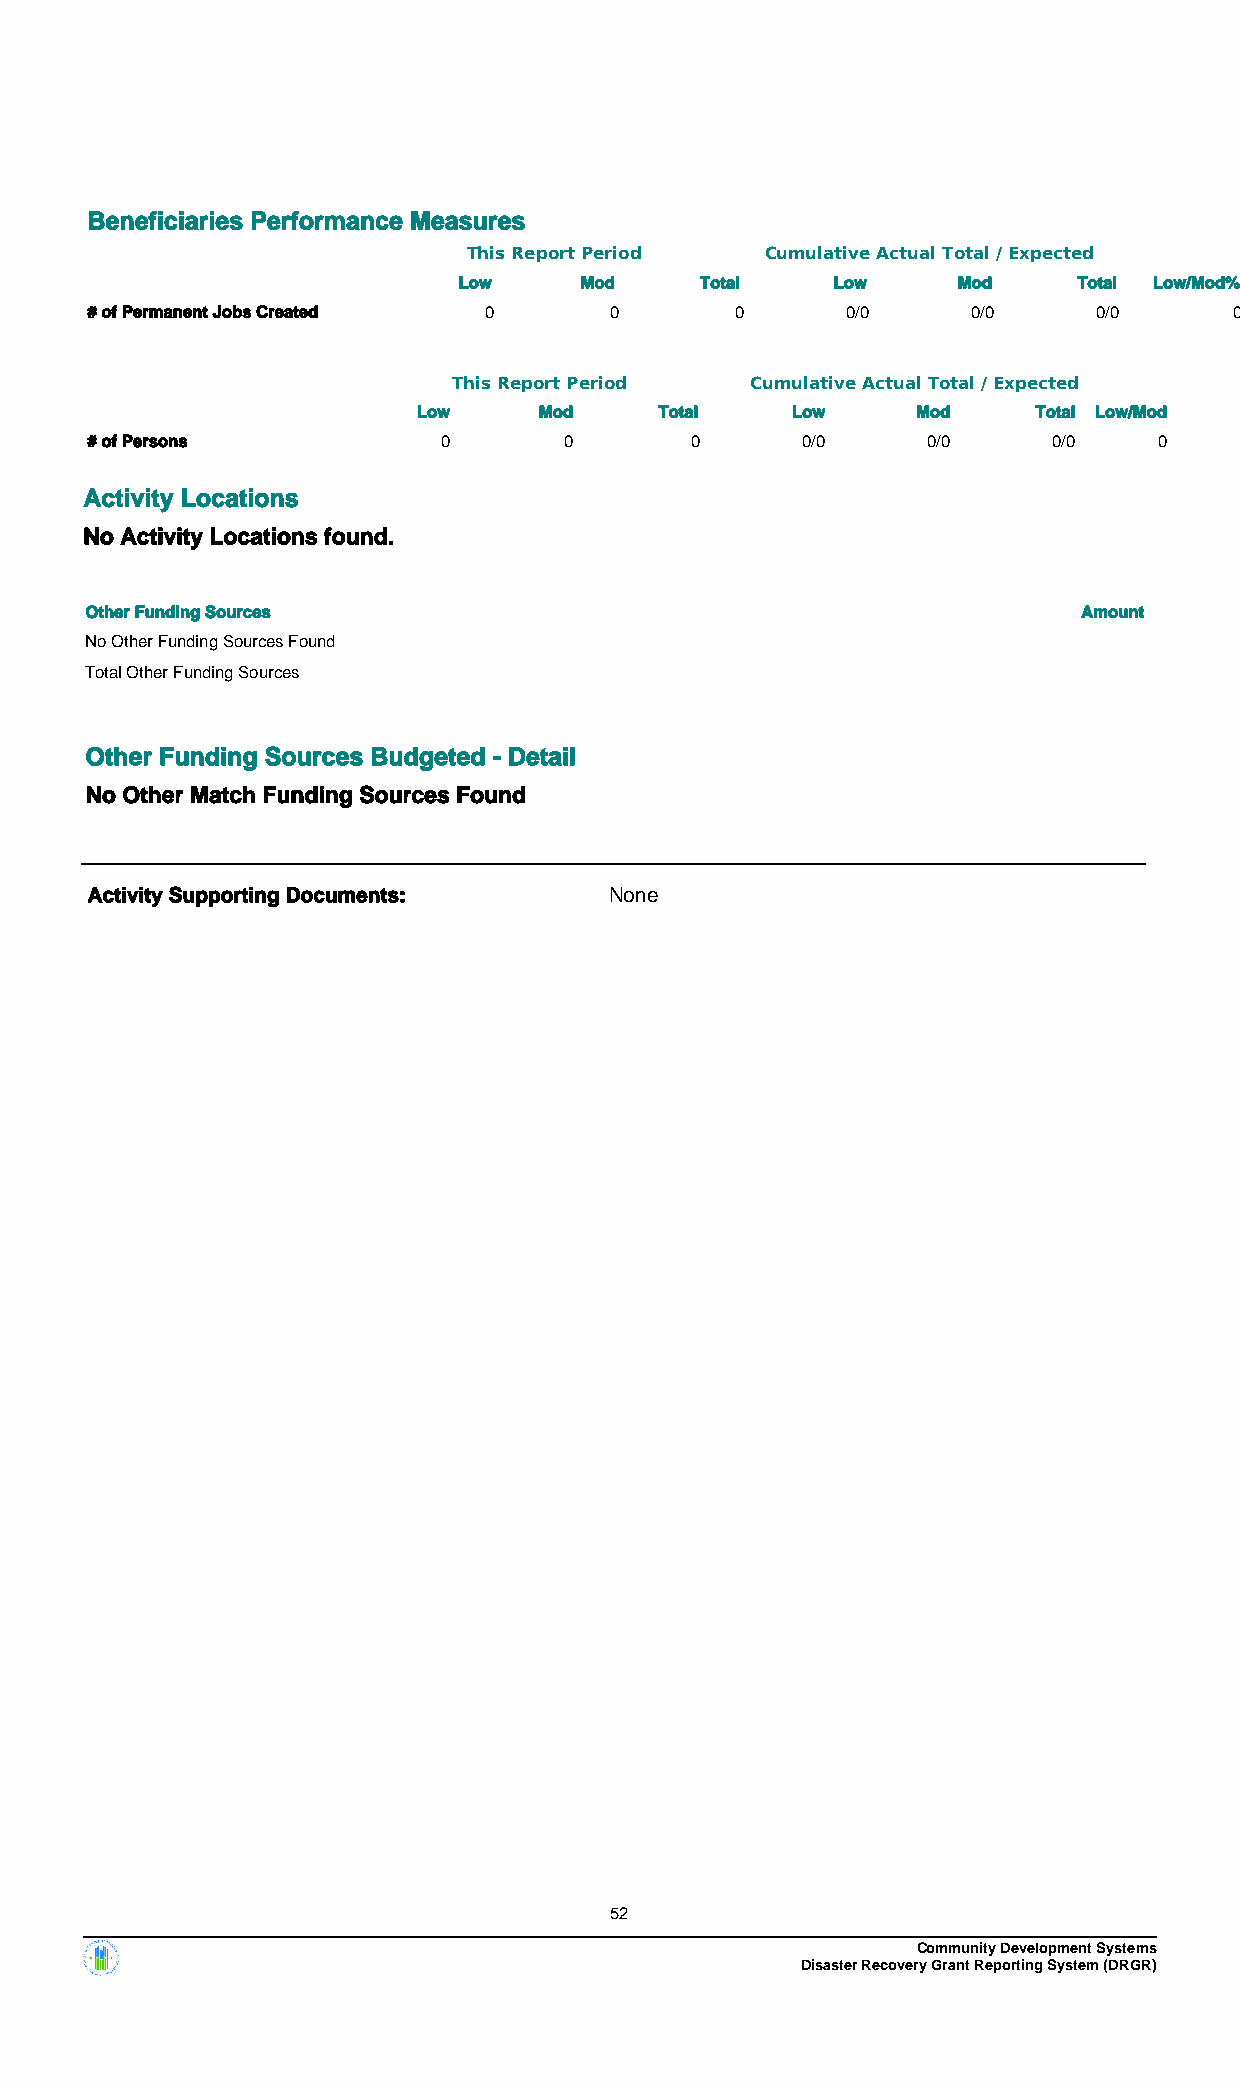
Beneficiaries Performance Measures
 This Report Period  Cumulative Actual Total / Expected
 Low     Mod     Total    Low     Mod     Total Low/Mod%
 # of Permanent Jobs Created 0     0        0      0/0     0/0      0/0      0
 This Report Period  Cumulative Actual Total / Expected
 Low     Mod     Total   Low      Mod     Total Low/Mod
 # of Persons           0       0        0      0/0     0/0      0/0    0
 Activity Locations
 No Activity Locations found.
 Other Funding Sources                                             Amount
 No Other Funding Sources Found
 Total Other Funding Sources
 Other Funding Sources Budgeted - Detail
 No Other Match Funding Sources Found
 Activity Supporting Documents:    None
 52
 Community Development Systems
 Disaster Recovery Grant Reporting System (DRGR)